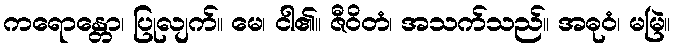
ကရောန္တော၊ ပြုလျက်။ မေ၊ ငါ၏။ ဇီဝိတံ၊ အသက်သည်။ အဓုဝံ၊ မမြဲ။